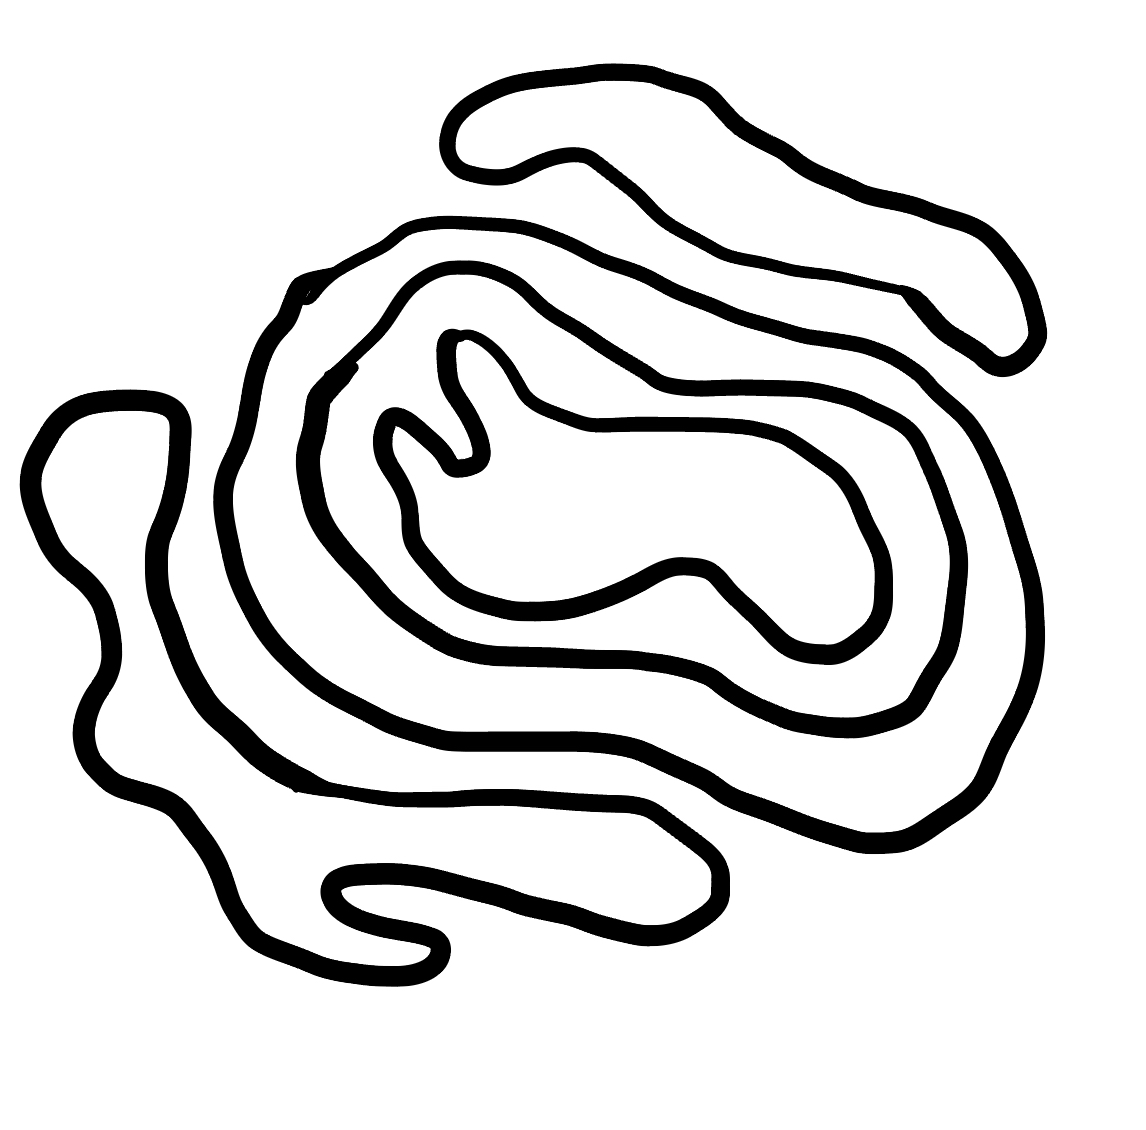
Number of regions (including the outer root region): 6
Containment tree edges (parent, child): 0, 1, 0, 2, 0, 5, 2, 3, 3, 4